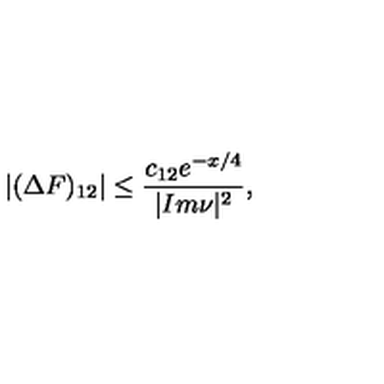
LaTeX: | ( \Delta F ) _ { 1 2 } | \leq \frac { c _ { 1 2 } e ^ { - x / 4 } } { | I m \nu | ^ { 2 } } ,